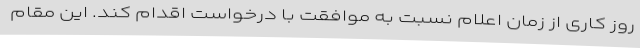
روز کاری از زمان اعلام نسبت به موافقت با درخواست اقدام کند. این مقام